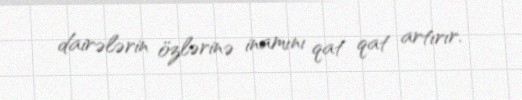
dairələrin özlərinə inamını qat qat artırır.